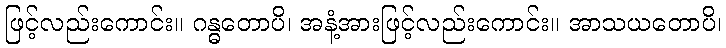
ဖြင့်လည်းကောင်း။ ဂန္ဓတောပိ၊ အနံ့အားဖြင့်လည်းကောင်း။ အာသယတောပိ၊